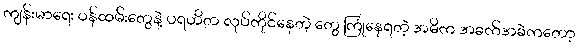
ကျန်းမာရေး ဝန်ထမ်းတွေနဲ့ ပရဟိတ လုပ်ကိုင်နေတဲ့ တွေ ကြုံနေရတဲ့ အဓိက အခက်အခဲကတော့